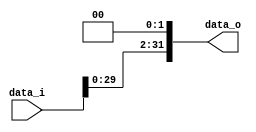
module Shift(
	data_i,
	data_o
);

input [31:0]	data_i;
output [31:0]	data_o;

assign data_o = data_i << 2;

endmodule